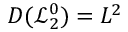
D ( \mathcal { L } _ { 2 } ^ { 0 } ) = L ^ { 2 }